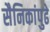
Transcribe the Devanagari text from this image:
सैनिकांपुढे